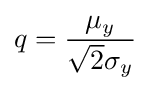
q={\frac {\mu _{y}}{{\sqrt {2}}\sigma _{y}}}